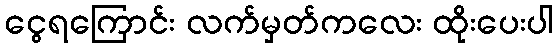
ငွေရကြောင်း လက်မှတ်ကလေး ထိုးပေးပါ